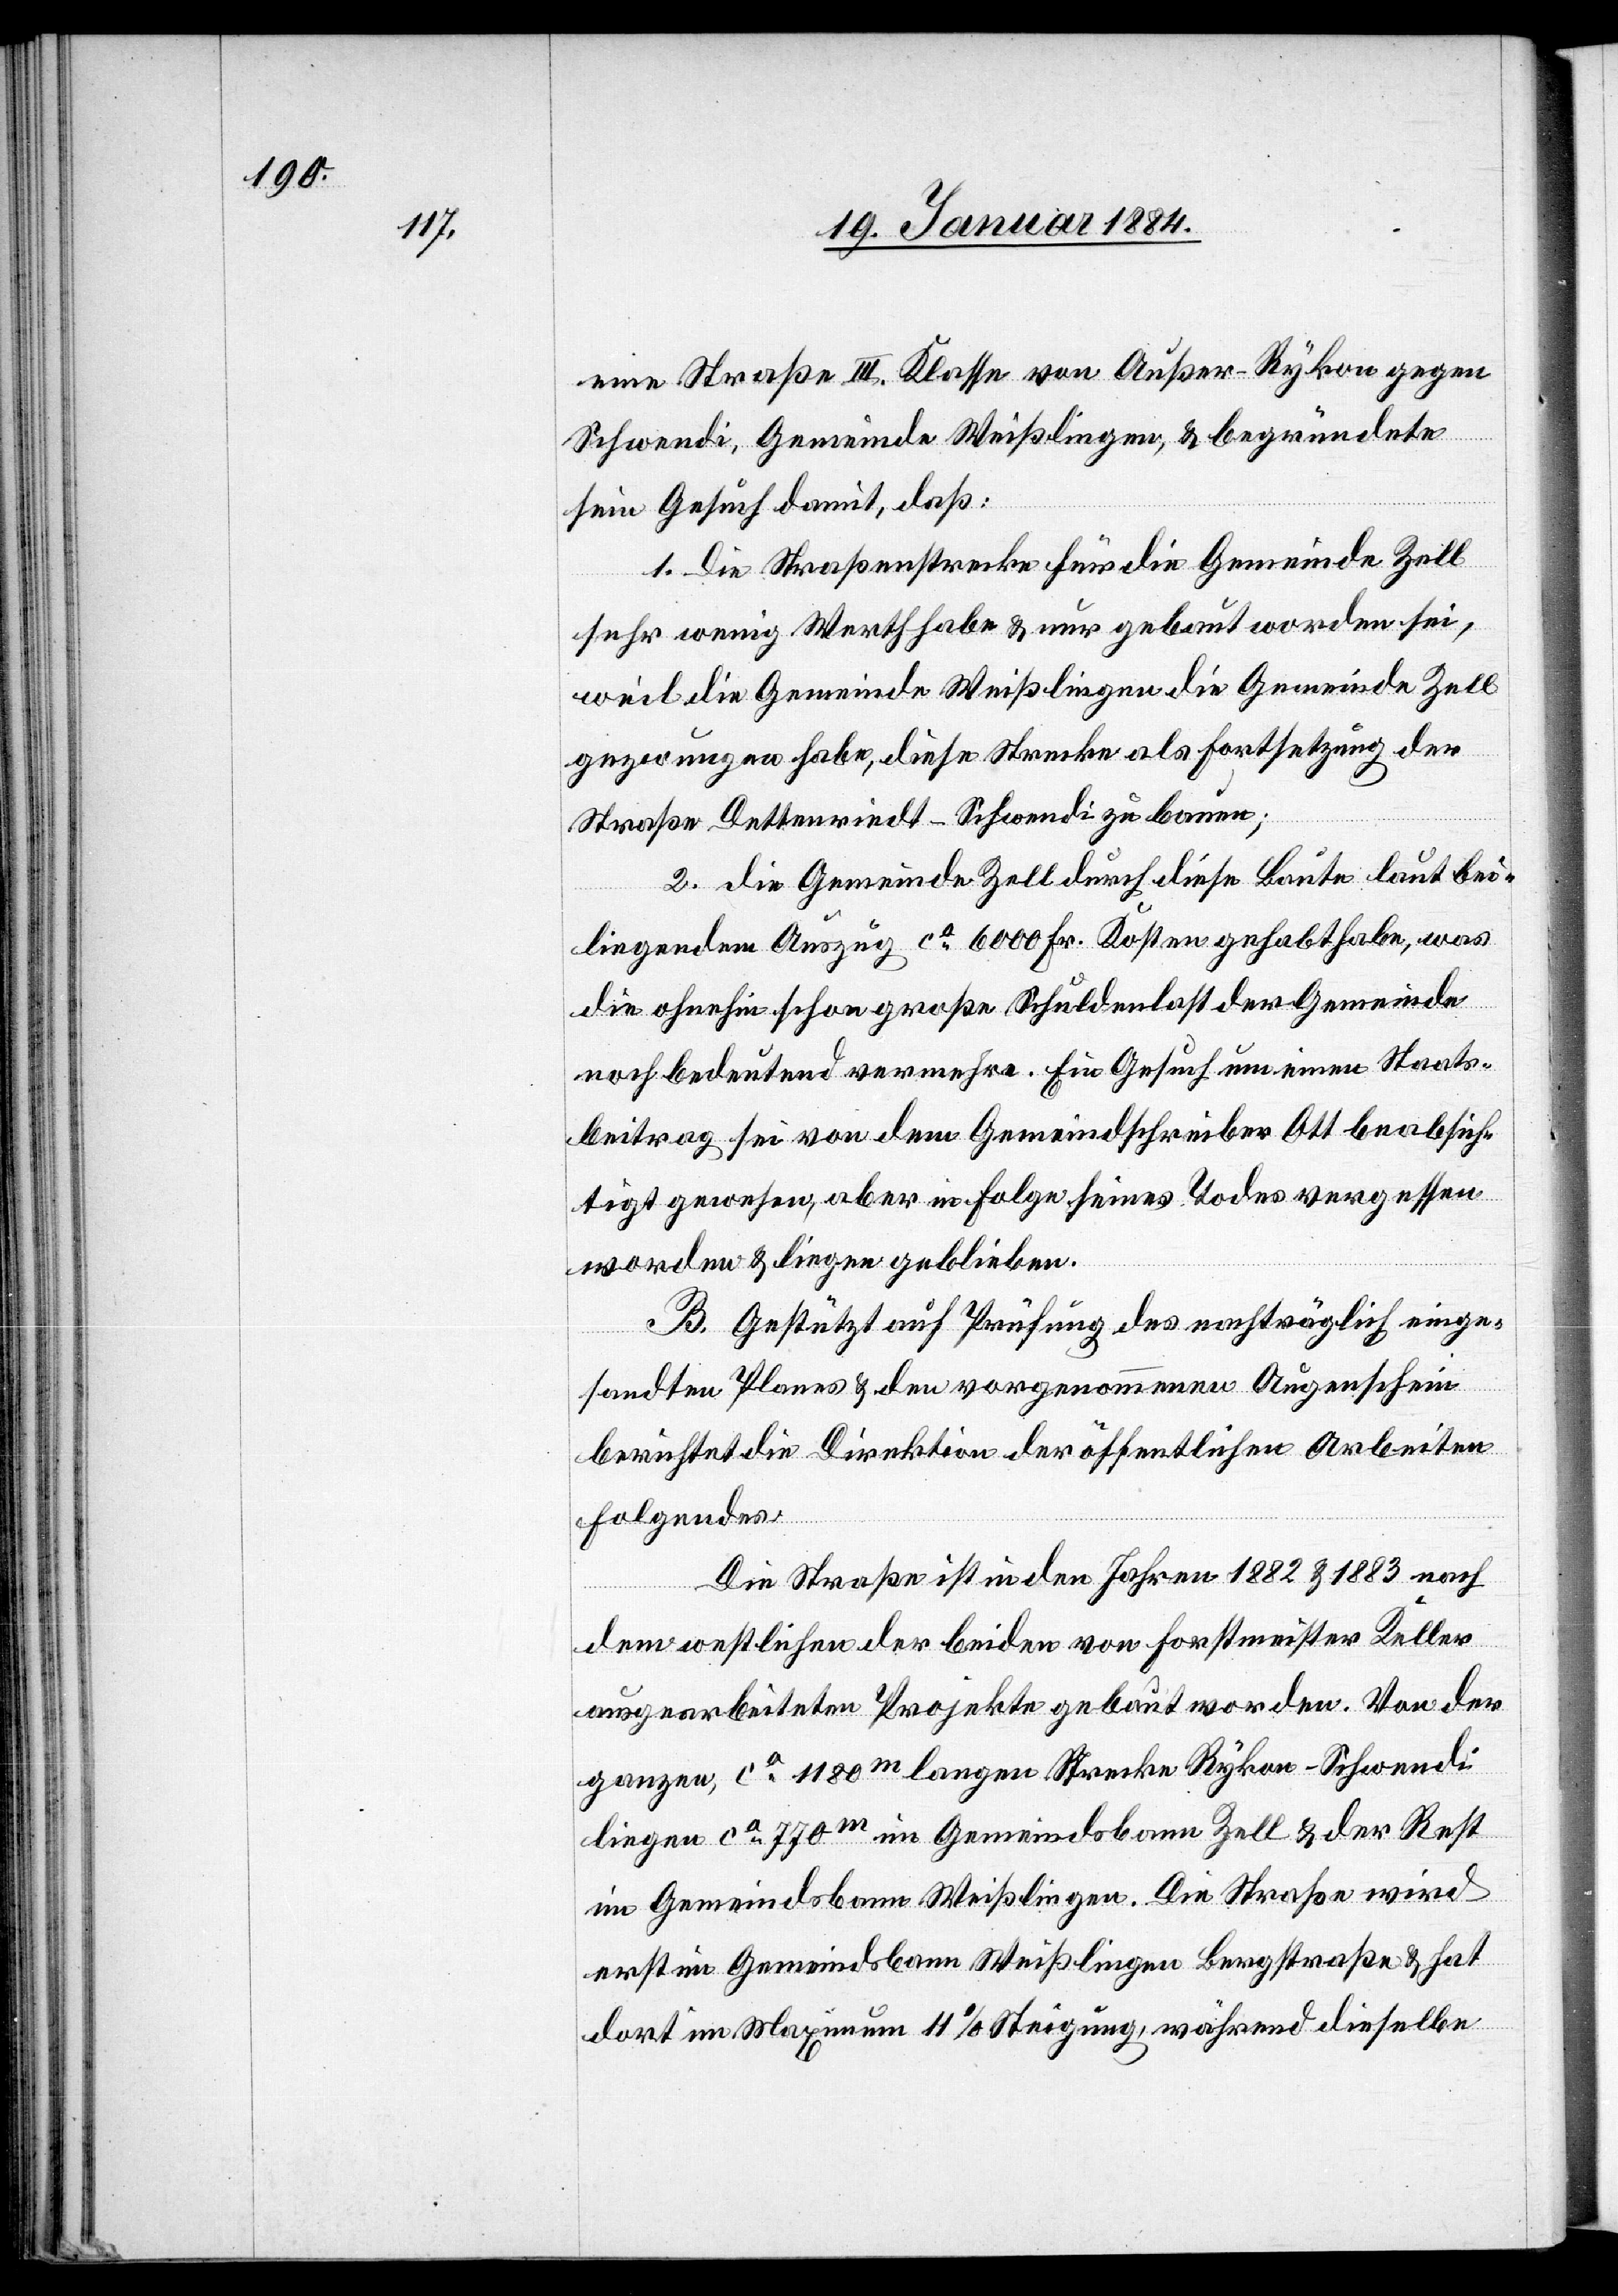
eine Straße III. Klasse von Außer-Rykon gegen
Schwendi, Gemeinde Weißlingen, & begründete
sein Gesuch damit, daß:
1. Die Straßenstrecke für die Gemeinde Zell
sehr wenig Werth habe & nur gebaut worden sei,
weil die Gemeinde Weißlingen die Gemeinde Zell
gezwungen habe, diese Strecke als Fortsetzung der
Straße Dettenriedt–Schwendi zu bauen;
2. Die Gemeinde Zell durch diese Baute laut bei¬
liegendem Auszug ca 6000 Fr. Kosten gehabt habe, was
die ohnehin schon große Schuldlast der Gemeinde
noch bedeutend vermehre. Ein Gesuch um einen Staats¬
beitrag sei von dem Gemeindschreiber Ott beabsich¬
tigt gewesen, aber in Folge seines Todes vergessen
worden & liegen geblieben.
B. Gestützt auf Prüfung des nachträglich einge¬
sandten Planes & dem vorgenommenen Augenschein
berichtet die Direktion der öffentlichen Arbeiten
Folgendes:
Die Straße ist in den Jahren 1882 & 1883 nach
dem westlichen der beiden von Forstmeister Keller
ausgearbeiteten Projekte gebaut worden. Von der
ganzen ca 1180m langen Strecke Rykon–Schwendi
liegen ca 779m im Gemeindsbann Zell & der Rest
im Gemeindsbann Weißlingen. Die Straße wird
erst im Gemeindsbann Weißlingen Bergstraße & hat
dort im Maximum 4% Steigung während dieselbe